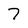
Character: 7